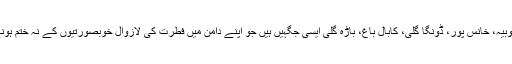
باڑیاں، خیرہ گلی، چھانگلہ گلی، ایوبیہ، خانس پور، ڈونگا گلی، کابال باغ، باڑہ گلی ایسی جگہیں ہیں جو اپنے دامن میں فطرت کی لازوال خوبصورتیوں کے نہ ختم ہونے والے خزانے سمیٹے ہوئے ہیں۔